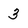
Character: 3